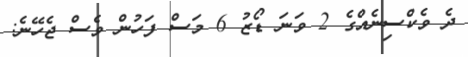
ދެ ވެކްސިނެއްގެ 2 ވަނަ ޑޯޒު 6 މަސް ފަހުން ވެސް ޖެހޭނެ: